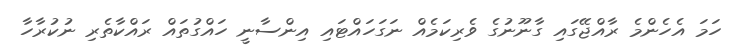
ހަމަ އެހެންމެ ރާއްޖޭގައި ގާނޫނުގެ ވެރިކަމެއް ނަގަހައްޓައި އިންސާނީ ހައްގުތައް ރައްކާތެރި ނުކުރާހާ